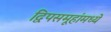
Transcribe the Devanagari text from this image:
द्विपसमूहांमध्ये